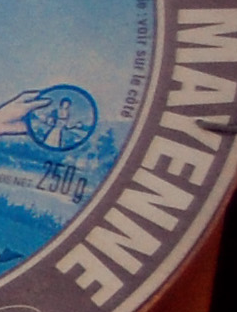
MAYENNE